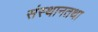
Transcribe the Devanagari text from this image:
संस्थानतथा